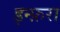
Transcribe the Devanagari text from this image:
इन्फ़रा